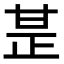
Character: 𤯅